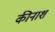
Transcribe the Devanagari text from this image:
कीनाश